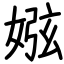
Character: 娹